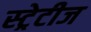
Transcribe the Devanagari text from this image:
स्ट्रेटीज